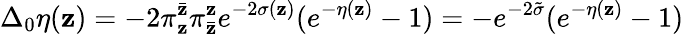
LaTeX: \Delta_{0}\eta(\mathbf{z})=-2\pi_{\mathbf{z}}^{\bar{{\mathbf{z}}}}\pi_{\bar{{\mathbf{z}}}}^{\mathbf{z}}e^{-2\sigma(\mathbf{z})}(e^{-\eta(\mathbf{z})}-1)=-e^{-2\tilde{{\sigma}}}(e^{-\eta(\mathbf{z})}-1)